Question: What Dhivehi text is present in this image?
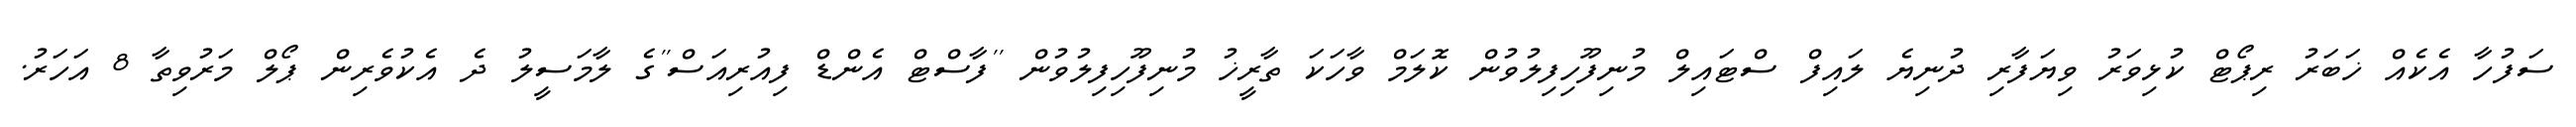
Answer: ސަފުހާ އެކެއް ޚަބަރު ރިޕޯޓް ކުޅިވަރު ވިޔަފާރި ދުނިޔެ ލައިފް ސްޓައިލް މުނިފޫހިފިލުވުން ކޮލަމް ވާހަކަ ތާރީޚު މުނިފޫހިފިލުވުން ''ފާސްޓް އެންޑް ފިއުރިއަސް''ގެ ލާމަސީލު ދެ އެކުވެރިން ޕޯލް މަރުވިތާ 8 އަހަރު.